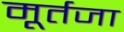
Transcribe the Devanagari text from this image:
मूर्तजा